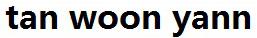
TAN WOON YANN